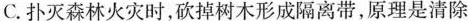
C.扑灭森林火灾时，砍掉树木形成隔离带，原理是清除